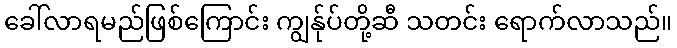
ခေါ်လာရမည်ဖြစ်ကြောင်း ကျွန်ုပ်တို့ဆီ သတင်း ရောက်လာသည်။